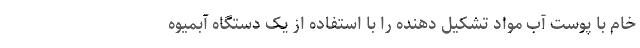
خام با پوست آب مواد تشکیل دهنده را با استفاده از یک دستگاه آبمیوه